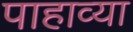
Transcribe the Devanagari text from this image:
पाहाव्या